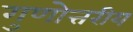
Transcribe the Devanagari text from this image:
गुणोत्तरीय